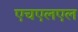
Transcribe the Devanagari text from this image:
एचएलएल